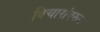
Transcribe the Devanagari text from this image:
विचारांवरून